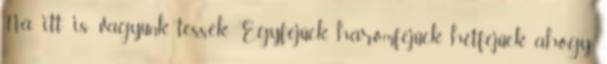
Na, itt is vagyunk, tessék. Egyfejűek, háromfejűek, hétfejűek ahogy